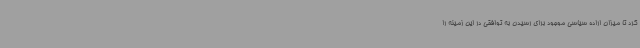
کرد تا میزان اراده سیاسی موجود برای رسیدن به توافقی در این زمینه را